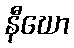
နီဃော